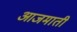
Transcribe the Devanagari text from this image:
आजमाती